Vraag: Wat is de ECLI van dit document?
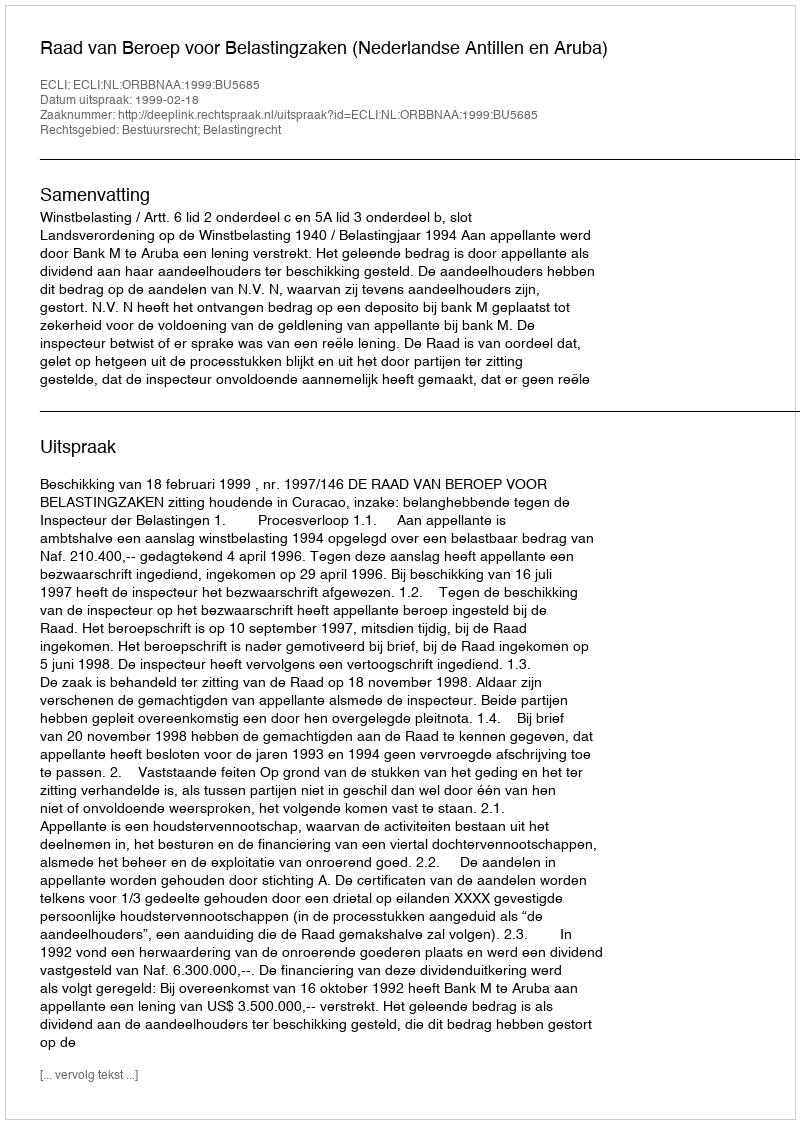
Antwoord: ECLI:NL:ORBBNAA:1999:BU5685